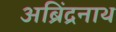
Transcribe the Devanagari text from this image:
अब्रिंद्रनाथ